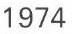
1974